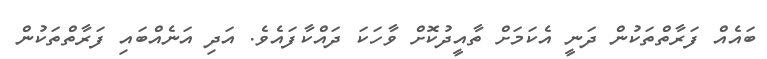
ބައެއް ފަރާތްތަކުން ދަނީ އެކަމަށް ތާއީދުކޮށް ވާހަކަ ދައްކާފައެވެ. އަދި އަނެއްބައި ފަރާތްތަކުން